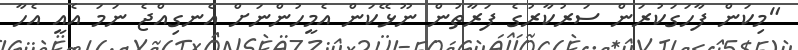
"މިކަން ފާހަގަކުރަން ސަރުކާރުގެ ފަރާތުން ނޫޅޭކަން އެމީހުންނަށް އެނގިއްޖެ ނަމަ އެއީ އެހާ